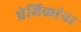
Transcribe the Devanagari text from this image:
प्रेमिकांना